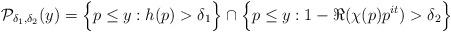
LaTeX: \begin{align*}\mathcal{P}_{\delta_1,\delta_2}(y) = \Big\{ p \leq y: h(p) > \delta_1 \Big\} \cap \Big\{ p \leq y: 1 - \Re (\chi(p) p^{it}) > \delta_2 \Big\}\end{align*}